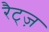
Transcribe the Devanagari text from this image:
रैट्ज़